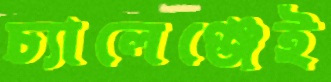
চ্যালেঞ্জেই